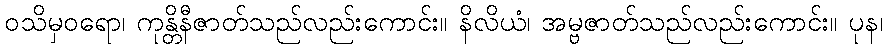
ဝသိမှဝရော၊ ကုန္တိနီဇာတ်သည်လည်းကောင်း။ နိလိယံ၊ အမ္ဗဇာတ်သည်လည်းကောင်း။ ပုန၊